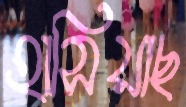
হাসিয়াছ